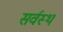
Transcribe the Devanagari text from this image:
सर्वस्थ